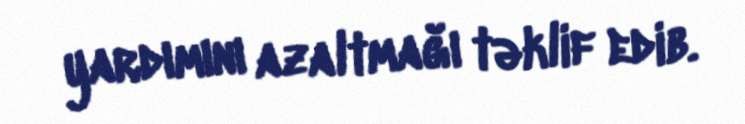
yardımını azaltmağı təklif edib.